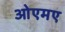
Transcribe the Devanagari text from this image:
ओएमए